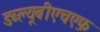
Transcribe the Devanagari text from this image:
डब्ल्यूबीएचएफ़